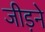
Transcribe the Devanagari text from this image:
जीड़ने